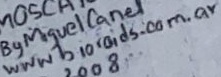
Text: www bioroids.com.ar